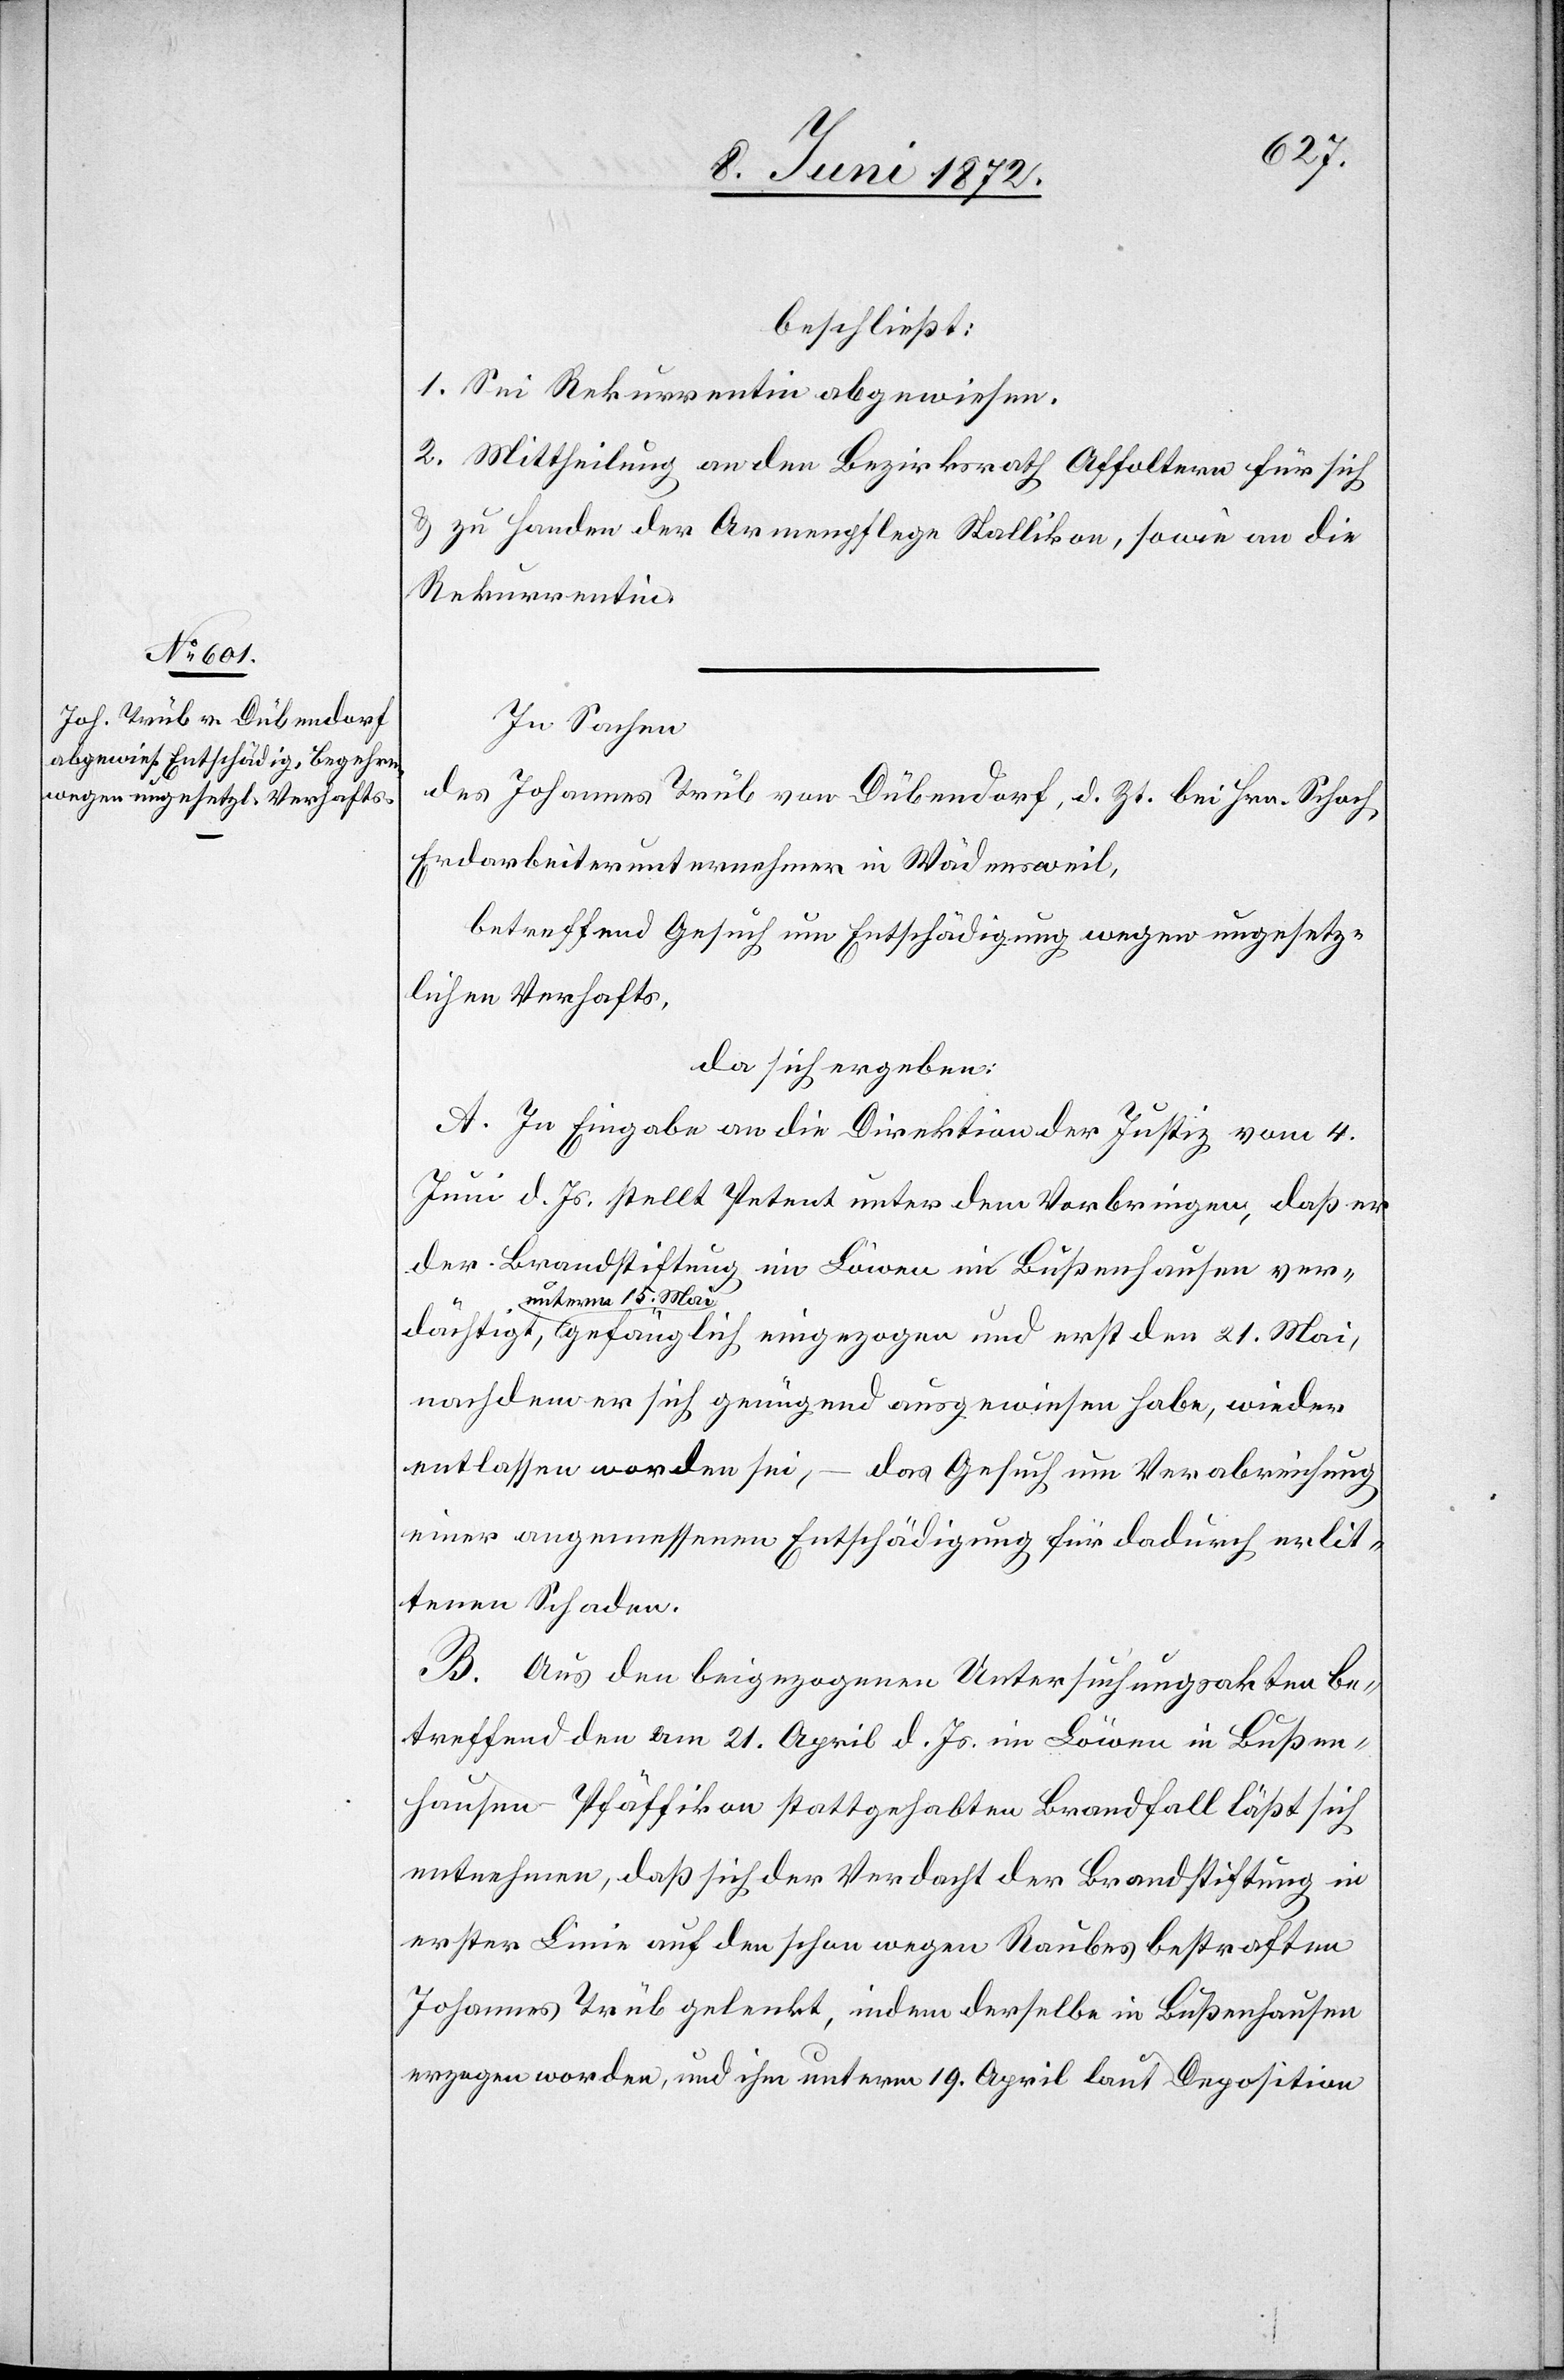
den 21.
beschließt:
1. Sei Rekurrentin abgewiesen.
2. Mittheilung an den Bezirksrath Affoltern für sich
u. zu Handen der Armenpflege Stallikon, sowie an die
Rekurrentin.
In Sachen
des Johannes Trüb von Dübendorf, d. Zt. bei Hrn. Schoch[,]
Erdarbeiterunternehmer in Wädensweil,
betreffend Gesuch um Entschädigung wegen ungesetz¬
lichen Verhafts,
da sich ergeben:
A. In Eingabe an die Direktion der Justiz vom 4.
Juni d. Js. stellt Petent unter dem Vorbringen, daß er
der Brandstiftung im Löwen im [sic!] Bußenhausen ver¬
unterm 15. Mai
nachdem er sich genügend ausgewiesen habe, wieder
entlassen worden sei, – das Gesuch um Verabreichung
einer angemessenen Entschädigung für dadurch erlit¬
tenen Schaden.
B. Aus den beigezogenen Untersuchungsakten be¬
treffend den am 21. April d. Js. im Löwen in Bußen¬
hausen-Pfäffikon stattgehabte Brandfall läßt sich
entnehmen, daß sich der Verdacht der Brandstiftung in
erster Linie auf den schon wegen Raubes bestraften
Johannes Trüb gelenkt, indem derselbe in Bußenhausen
erzogen worden, und ihm unterm 19. April laut Deposition